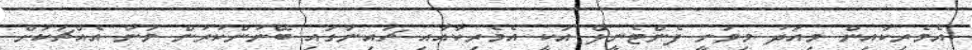
އެމެރިކާއިން މިއަދު މިވަނީ ފެންޓެނީލް އަކީ އެމެރިކާއާއި ޗައިނާގައި ބޭނުންކުރުން މަނާ އެއްޗަކަށް